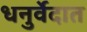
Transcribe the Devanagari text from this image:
धनुर्वेदात